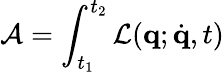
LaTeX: \mathcal{A}=\int_{t_{1}}^{t_{2}}\mathcal{L}(\mathbf{q};\dot{\mathbf{q}},t)